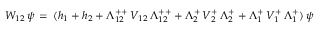
W _ { 1 2 } \, \psi \, = \, ( h _ { 1 } + h _ { 2 } + \Lambda _ { 1 2 } ^ { + + } \, V _ { 1 2 } \, \Lambda _ { 1 2 } ^ { + + } + \Lambda _ { 2 } ^ { + } \, V _ { 2 } ^ { + } \, \Lambda _ { 2 } ^ { + } + \Lambda _ { 1 } ^ { + } \, V _ { 1 } ^ { + } \, \Lambda _ { 1 } ^ { + } ) \, \psi